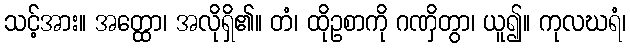
သင့်အား။ အတ္ထော၊ အလိုရှိ၏။ တံ၊ ထိုဥစာကို ဂဏှိတွာ၊ ယူ၍။ ကုလဃရံ၊